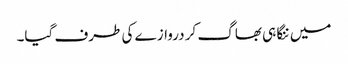
میں ننگا ہی بھاگ کر دروازے کی طرف گیا۔